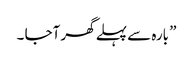
” بارہ سے پہلے گھر آجا ۔